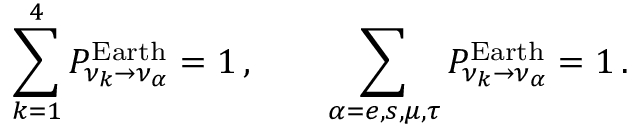
\sum _ { k = 1 } ^ { 4 } P _ { \nu _ { k } \to \nu _ { \alpha } } ^ { \mathrm { E a r t h } } = 1 \, , \qquad \sum _ { \alpha = e , s , \mu , \tau } P _ { \nu _ { k } \to \nu _ { \alpha } } ^ { \mathrm { E a r t h } } = 1 \, .